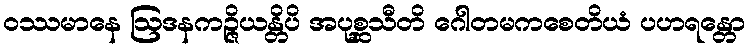
ဝဿမာနေ ဩဒနကဉ္ဇိယန္တိပိ အပုစ္ဆသီတိ ဂေါတမကစေတိယံ ပဟရန္တော